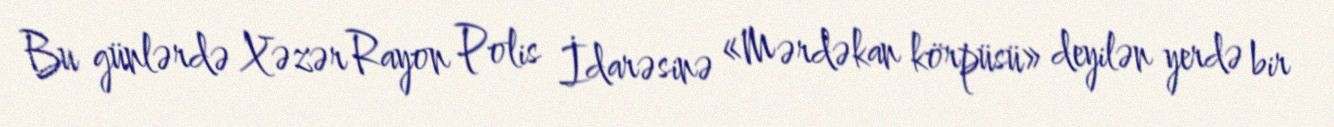
Bu günlərdə Xəzər Rayon Polis İdarəsinə «Mərdəkan körpüsü» deyilən yerdə bir